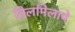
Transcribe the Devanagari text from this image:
तिलमिलाये